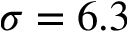
\sigma = 6 . 3